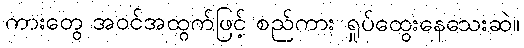
ကားတွေ အဝင်အထွက်ဖြင့် စည်ကား ရှုပ်ထွေးနေသေးဆဲ။